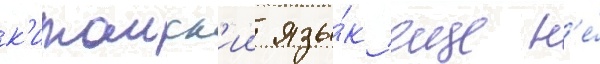
к'итаиск'ии язы́к еще н'е́